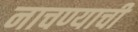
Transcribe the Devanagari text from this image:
नाचण्याची